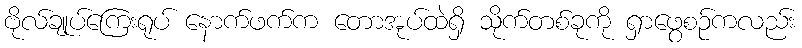
ဗိုလ်ချုပ်ကြေးရုပ် နောက်ဖက်က တောအုပ်ထဲရှိ သိုက်တစ်ခုကို ရှာဖွေစဉ်ကလည်း